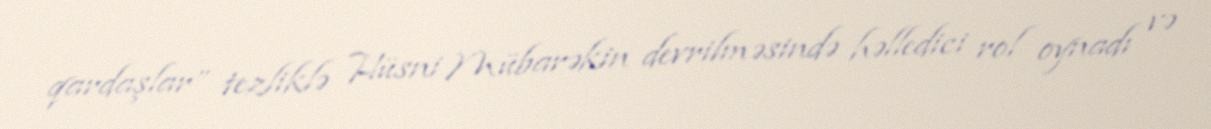
qardaşlar” tezliklə Hüsni Mübarəkin devrilməsində həlledici rol oynadı və